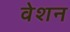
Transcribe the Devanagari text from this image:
वेशन